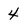
Character: 4